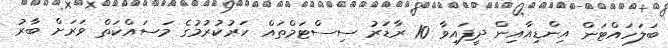
ބަލަހައްޓަން އިންޑިއާއިން ދީފައިވާ 10 ރާޑަރު ސިސްޓަމްތައް ހަރުކުރުމުގެ މަސައްކަތް ވަރަށް ބާރު